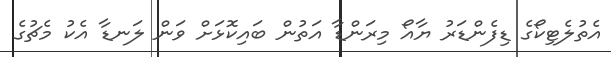
އެތުލެޓިކޯގެ ޑިފެންޑަރު ޔާއޯ މިރަންޑާ އަތުން ބައިކޮޅަށް ވަން ލަނޑާ އެކު މެޗުގެ